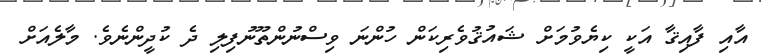
އާއި ފާއިޤާ އަކީ ކިޔެވުމަށް ޝައުޤުވެރިކަން ހުންނަ ވިސްނުންތޫނުފިލި ދެ ކުދީންނެވެ. މާލެއަށް